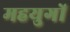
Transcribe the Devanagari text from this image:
महयुगों